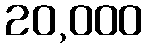
20,000